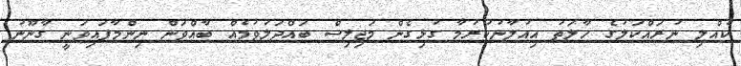
ކުއްލި ނުރައްކަލުގެ ހާލަތު އިއުލާނުކުރުމާ ގުޅިގެން މަޖިލިސް ބައްދަލުވުމެއް ބާއްވަން ނިންމާފައިވަނީ ގާނޫނު